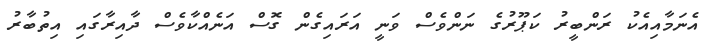
އެނަމާއިއެކު ރަންބީރު ކަޕޫރުގެ ނަންވެސް ވަނީ އަރައިގެން ގޮސް އަނެއްކާވެސް ދާއިރާގައި އިތުބާރު